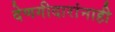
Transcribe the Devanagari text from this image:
देणगीदारांनाही